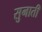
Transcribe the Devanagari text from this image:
सुनातीं